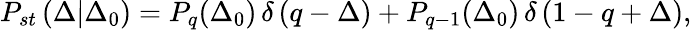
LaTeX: P_{st}\left(\Delta|\Delta_{0}\right)=P_{q}(\Delta_{0})\thinspace\delta\left(q-\Delta\right)+P_{q-1}(\Delta_{0})\thinspace\delta\left(1-q+\Delta\right),